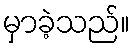
မှာခဲ့သည်။